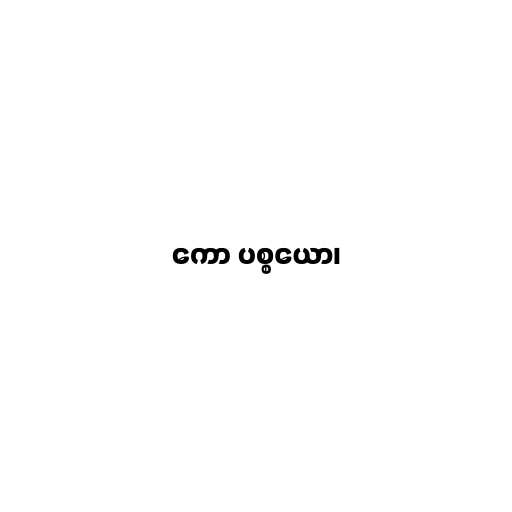
ကော ပစ္စယော၊